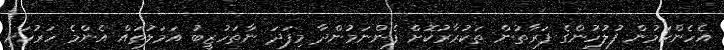
އެހެންކަމުން ފުލުހުންގެ ފަރާތުން ތަކުރާރުކޮށް ފެންނަމުންދާ މިފަދަ ނާތަހުޒީބު އަމަލުތައް އެންމެ ހަރުކަށި